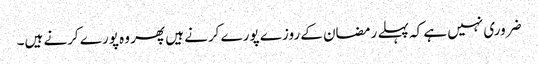
ضروری نہیں ہے کہ پہلے رمضان کے روزے پورے کرنے ہیں پھر وہ پورے کرنے ہیں۔